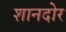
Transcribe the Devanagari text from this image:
शानदोर